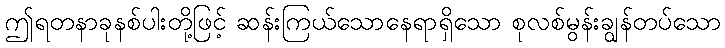
ဤရတနာခုနစ်ပါးတို့ဖြင့် ဆန်းကြယ်သောနေရာရှိသော စုလစ်မွန်းချွန်တပ်သော